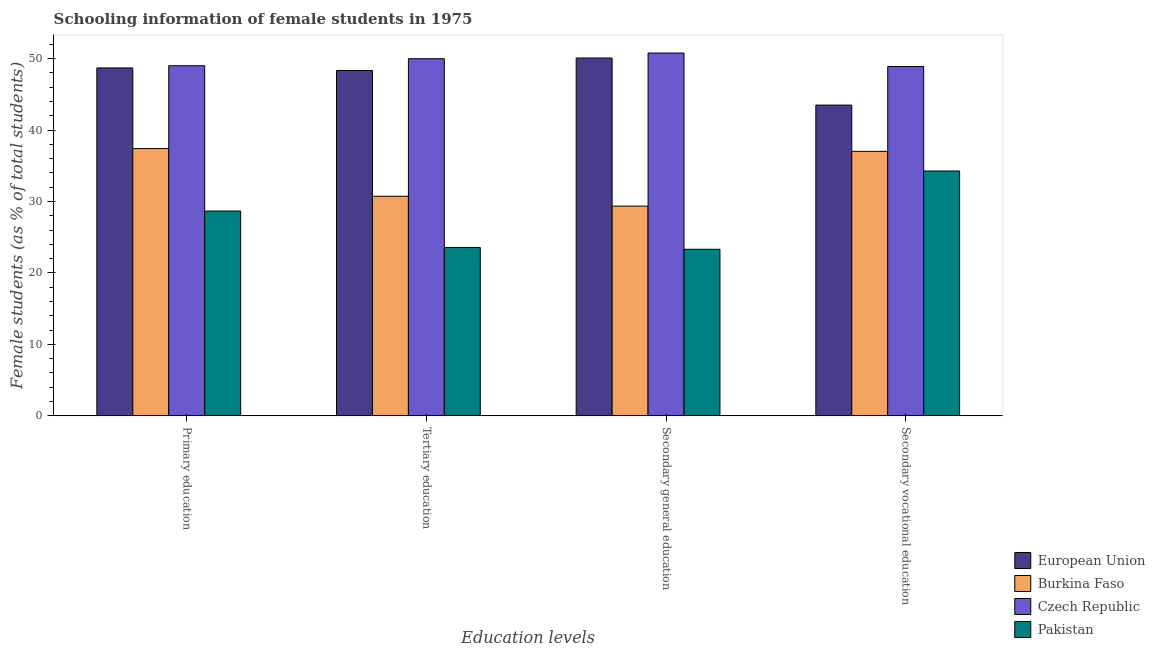
| Education levels | European Union | Burkina Faso | Czech Republic | Pakistan |
 | --- | --- | --- | --- | --- |
 | Primary education | 48.7 | 37.4 | 49 | 28.7 |
 | Tertiary education | 48.3 | 30.7 | 50 | 23.6 |
 | Secondary general education | 50.1 | 29.4 | 50.8 | 23.3 |
 | Secondary vocational education | 43.5 | 37 | 48.9 | 34.3 |